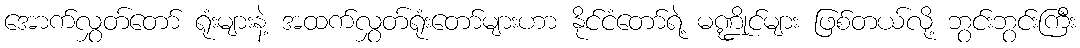
အောက်လွှတ်တော် ရုံးများနဲ့ အထက်လွှတ်ရုံးတော်များဟာ နိုင်ငံတော်ရဲ့ မဏ္ဍိုင်များ ဖြစ်တယ်လို့ ဘွင်းဘွင်းကြီး